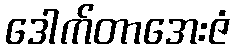
ဒေါက်တာအေးဇံ